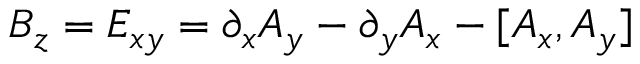
B _ { z } = E _ { x y } = \partial _ { x } A _ { y } - \partial _ { y } A _ { x } - [ A _ { x } , A _ { y } ]